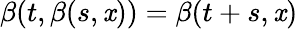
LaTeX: \beta(t,\beta(s,\mathit{x}))=\beta(t+s,\mathit{x})